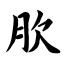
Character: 肷